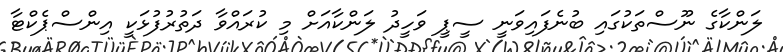
ލަންކާގެ ނޫސްތަކުގައި ބުނެފައިވަނީ ސީޕީ ވަހީދު ލަންކާއަށް މި ކުރައްވާ ދަތުރުފުޅަކީ އިންސްޕެކްޓާ